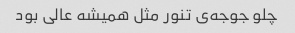
چلو جوجه‌ی تنور مثل همیشه عالی بود